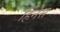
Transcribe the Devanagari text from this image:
हिनेस